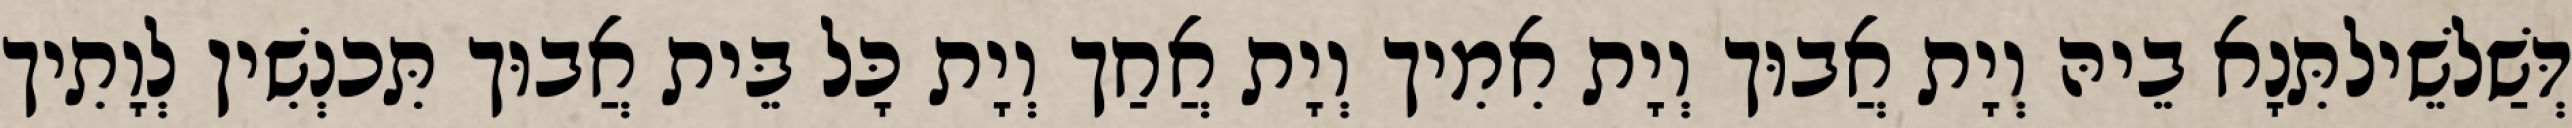
דְּשַׁלשֵׁילתִּנָא בֵיהּ וְיָת אֲבוּך וְיָת אִמִיך וְיָת אֲחַך וְיָת כָּל בֵּית אֲבוּך תִּכנְשִׁין לְוָתִיך